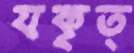
যকৃত্